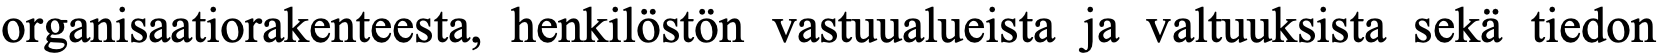
organisaatiorakenteesta, henkilöstön vastuualueista ja valtuuksista sekä tiedon